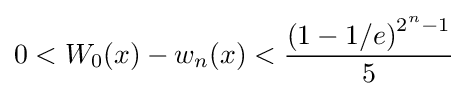
0<W_{0}(x)-w_{n}(x)<{\frac {\left(1-1/e\right)^{2^{n}-1}}{5}}